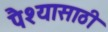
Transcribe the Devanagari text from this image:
पैश्यासाठी